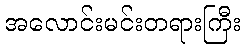
အလောင်းမင်းတရားကြီး